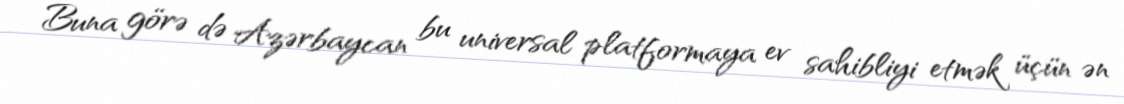
Buna görə də Azərbaycan bu universal platformaya ev sahibliyi etmək üçün ən